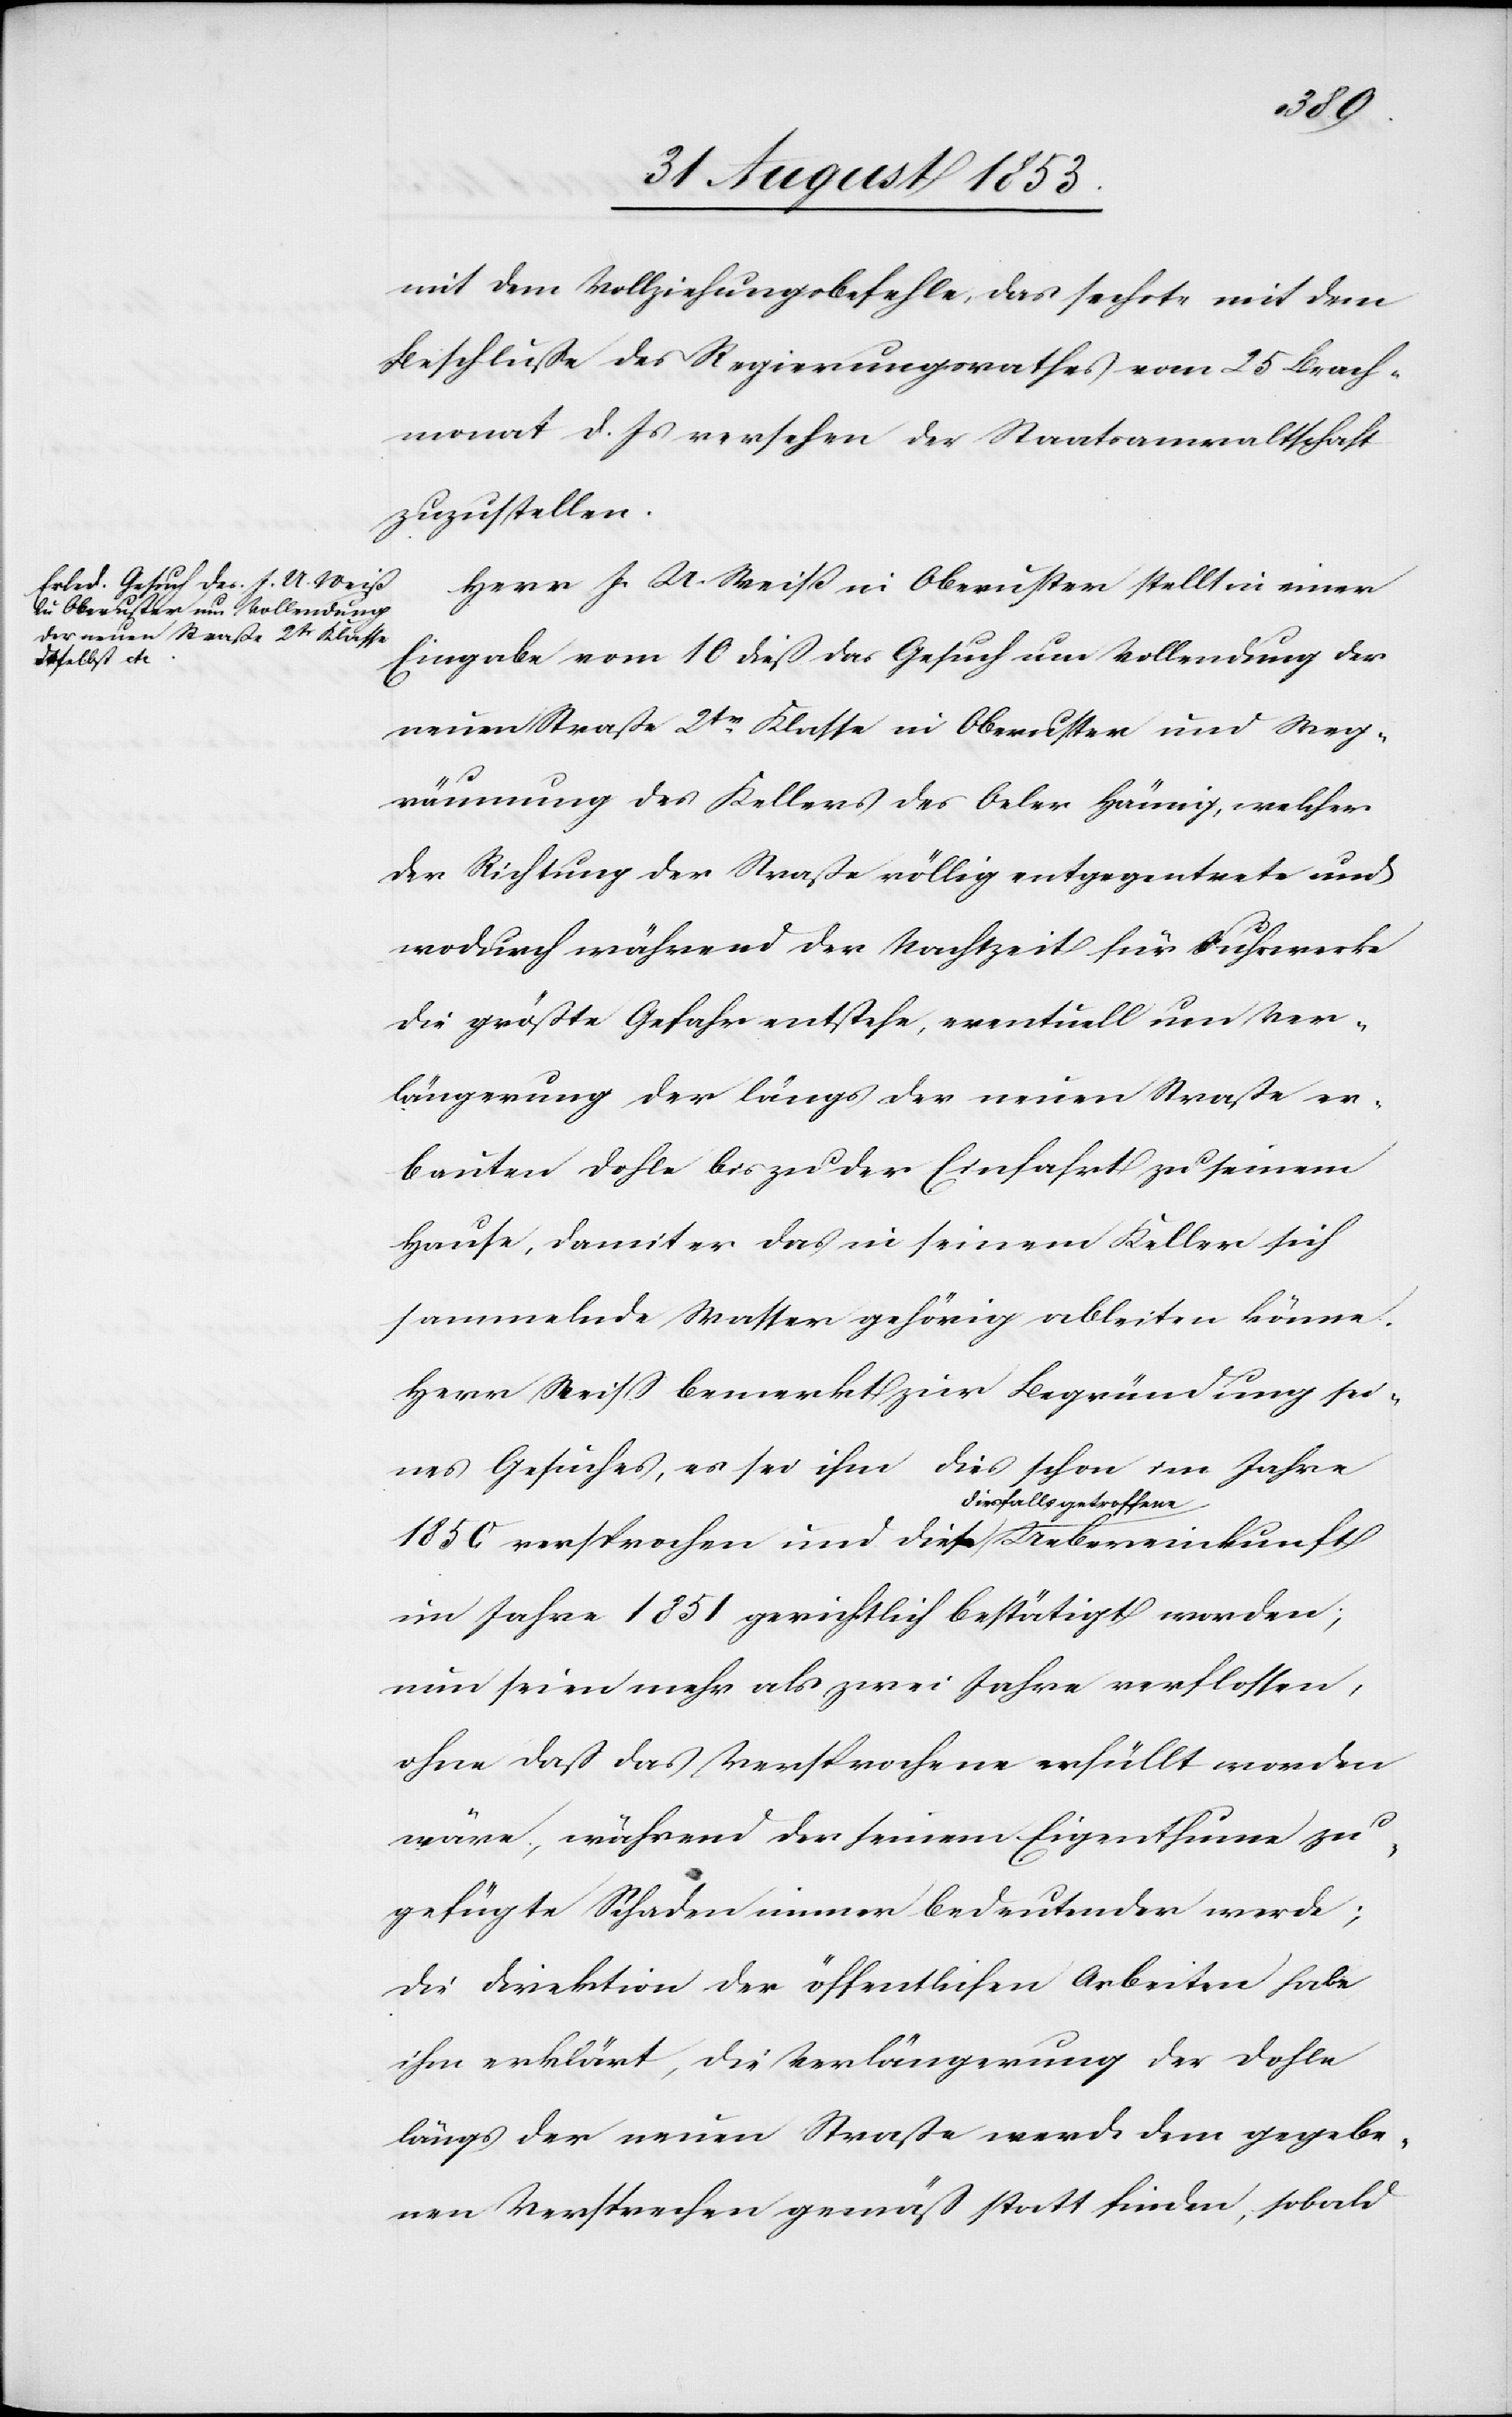
mit dem Vollziehungsbefehle, das sechste mit dem
Beschluße des Regierungsrathes vom 25 Brach¬
monat d. Js. versehen der Staatsanwaltschaft
zuzustellen.
Herr J. U. Weiß in Oberuster stellt in einer
Eingabe vom 10 dieß das Gesuch um Vollendung der
neuen Straße 2tr Klasse in Oberuster und Weg¬
räumung des Kellers des Oeler Hämig, welcher
der Richtung der Straße völlig entgegentrete und
wodurch während der Nachtzeit für Fuhrwerke
die größte Gefahr entstehe, eventuell um Ver¬
längerung der längs der neuen Straße er¬
bauten Dohle bis zu der Einfahrt zu seinem
Hause, damit er daß in seinem Keller sich
sammelnde Wasser gehörig ableiten könne.
Herr Weiß bemerkt zur Begründung sei¬
nes Gesuches, es sei ihm dies schon im Jahre
1850 versprochen und diese diesfalls
im Jahre 1851 gerichtlich bestätigt worden;
nun seien mehr als zwei Jahre verflossen,
ohne daß das Versprochene erfüllt worden
wäre, während der seinem Eigenthum zu¬
gefügte Schaden immer bedeutender wurde;
die Direktion der öffentlichen Arbeiten habe
ihm erklärt, die Verlängerung der Dohle
längs der neuen Straße werde dem gegebe¬
nen Versprechen gemäß statt finden, sobald